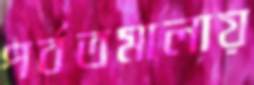
পর্বতমালায়